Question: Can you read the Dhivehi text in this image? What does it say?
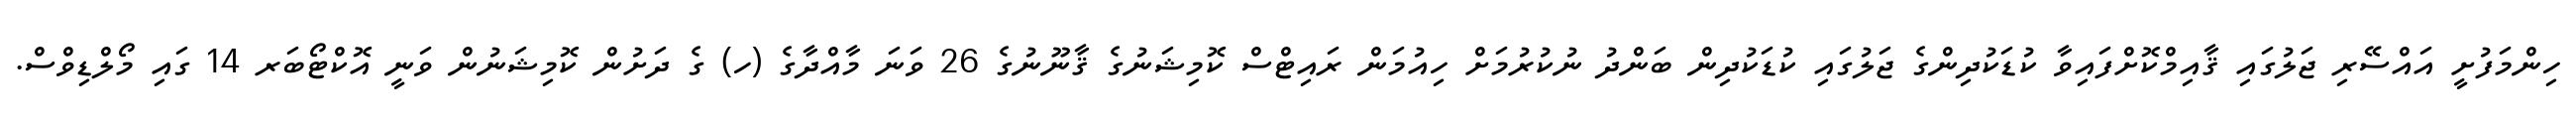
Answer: ހިންމަފުށީ އައްސޭރި ޖަލުގައި ޤާއިމްކޮށްފައިވާ ކުޑަކުދިންގެ ޖަލުގައި ކުޑަކުދިން ބަންދު ނުކުރުމަށް ހިއުމަން ރައިޓްސް ކޮމިޝަނުގެ ޤާނޫނުގެ 26 ވަނަ މާއްދާގެ (ހ) ގެ ދަށުން ކޮމިޝަނުން ވަނީ އޮކްޓޯބަރ 14 ގައި މޯލްޑިވްސް.